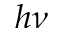
h \nu